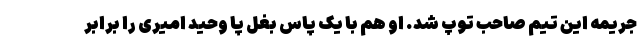
جریمه این تیم صاحب توپ شد. او هم با یک پاس بغل پا وحید امیری را برابر